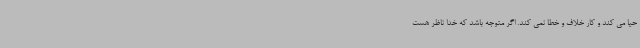
حیا می کند و کار خلاف و خطا نمی کند. اگر متوجه باشد که خدا ناظر هست